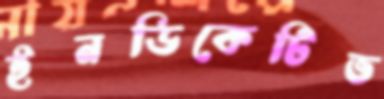
ইনডিকেটিভ